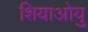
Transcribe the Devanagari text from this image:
शियाओयु